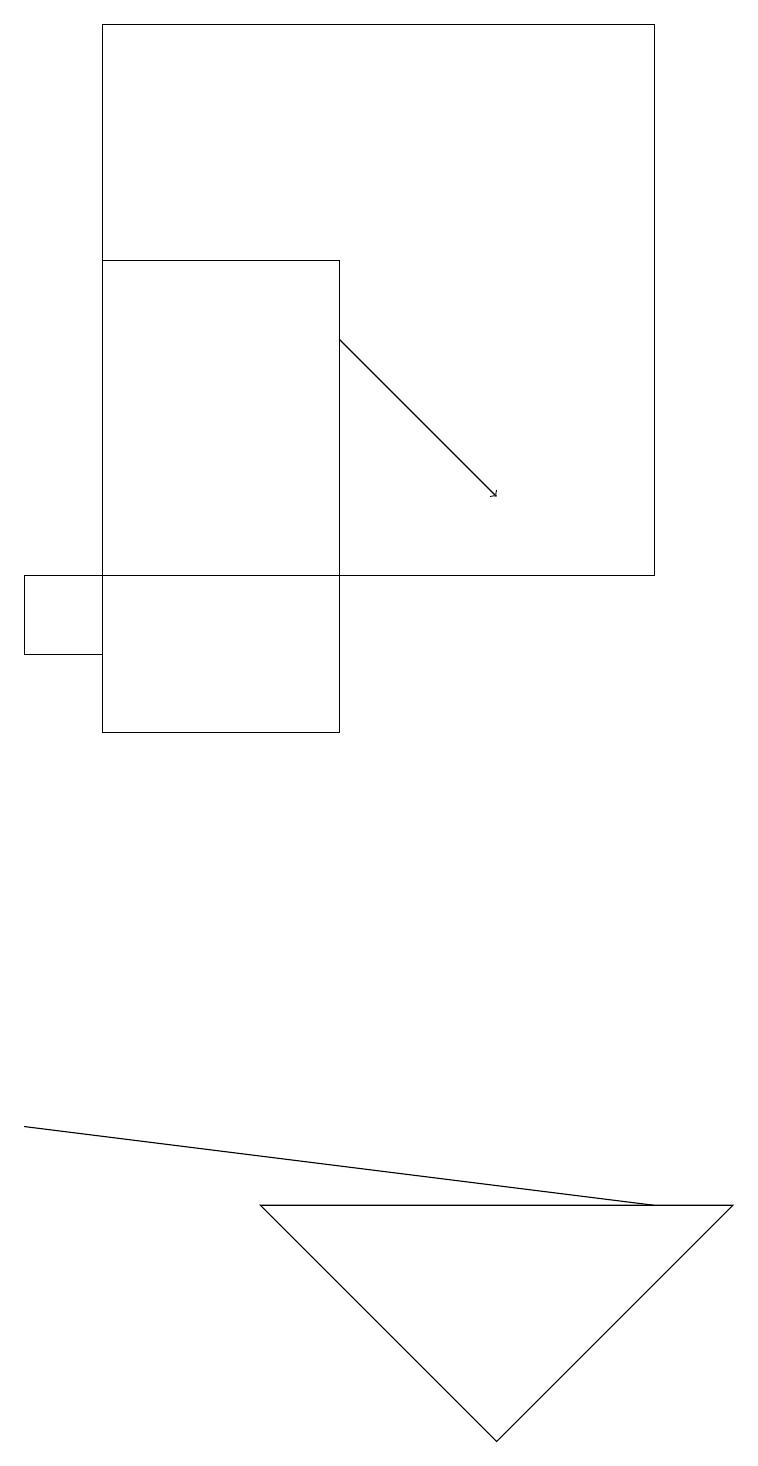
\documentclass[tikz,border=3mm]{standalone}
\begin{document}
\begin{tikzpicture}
\draw (8,12) rectangle (1,19);
\draw (0,12) rectangle (1,11);
\draw[->] (4,15) -- (6,13);
\draw (0,5) -- (8,4) -- (0,5) -- cycle;
\draw (4,16) rectangle (1,10);
\draw (3,4) -- (9,4) -- (6,1) -- cycle;
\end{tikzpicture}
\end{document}